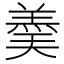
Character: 羮